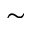
\sim